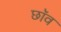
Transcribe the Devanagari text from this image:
छाॅव